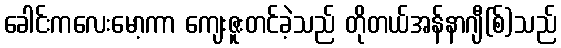
ခေါင်းကလေးမော့ကာ ကျေးဇူးတင်ခဲ့သည် တိုတယ်အန်နာဂျီ(စ်)သည်